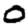
Digit: 0